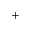
^ +